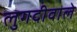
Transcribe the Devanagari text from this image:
लुगदीवाले